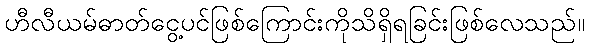
ဟီလီယမ်ဓာတ်ငွေ့ပင်ဖြစ်ကြောင်းကိုသိရှိရခြင်းဖြစ်လေသည်။